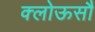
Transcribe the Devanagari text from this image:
क्लोऊसौ